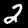
Digit: 2